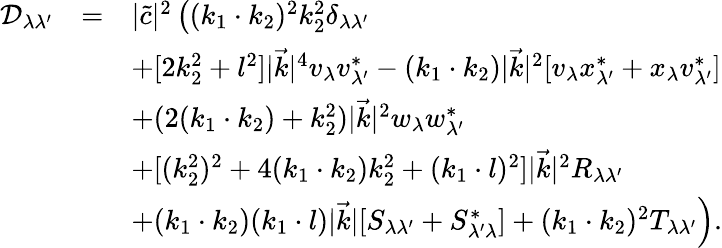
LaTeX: \begin{array}{lcl}{{{\cal D}_{\lambda\lambda^{\prime}}}}&{{=}}&{{|\tilde{c}|^{2}\left((k_{1}\cdot k_{2})^{2}k_{2}^{2}\delta_{\lambda\lambda^{\prime}}\right.}}\\ {{}}&{{}}&{{+[2k_{2}^{2}+l^{2}]|\vec{k}|^{4}v_{\lambda}v_{\lambda^{\prime}}^{*}-(k_{1}\cdot k_{2})|\vec{k}|^{2}[v_{\lambda}x_{\lambda^{\prime}}^{*}+x_{\lambda}v_{\lambda^{\prime}}^{*}]}}\\ {{}}&{{}}&{{+(2(k_{1}\cdot k_{2})+k_{2}^{2})|\vec{k}|^{2}w_{\lambda}w_{\lambda^{\prime}}^{*}}}\\ {{}}&{{}}&{{+[(k_{2}^{2})^{2}+4(k_{1}\cdot k_{2})k_{2}^{2}+(k_{1}\cdot l)^{2}]|\vec{k}|^{2}R_{\lambda\lambda^{\prime}}}}\\ {{}}&{{}}&{{\left.+(k_{1}\cdot k_{2})(k_{1}\cdot l)|\vec{k}|[S_{\lambda\lambda^{\prime}}+S_{\lambda^{\prime}\lambda}^{*}]+(k_{1}\cdot k_{2})^{2}T_{\lambda\lambda^{\prime}}\right).}}\end{array}